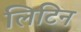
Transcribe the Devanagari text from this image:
लिटिन